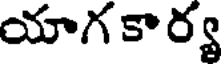
యాగ కార్య